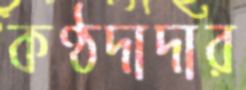
কণ্ঠদাদার